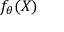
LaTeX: f _ { \theta } ( X )